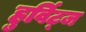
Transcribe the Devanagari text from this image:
हुर्विट्ज